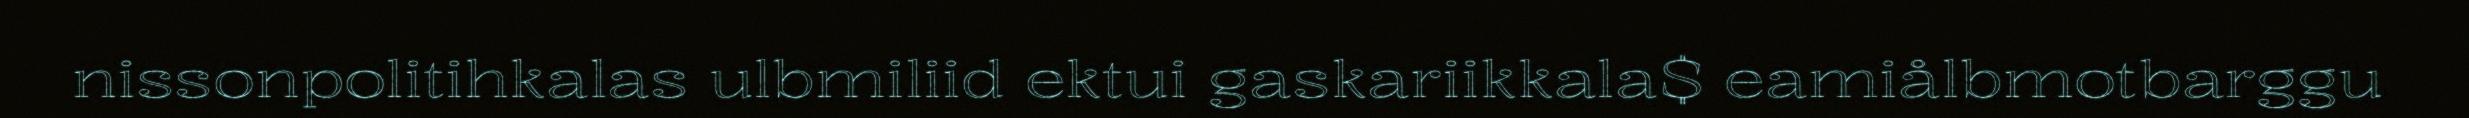
nissonpolitihkalas ulbmiliid ektui gaskariikkala$ eamiålbmotbarggu